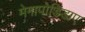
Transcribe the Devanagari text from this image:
मेगापोडिडाए